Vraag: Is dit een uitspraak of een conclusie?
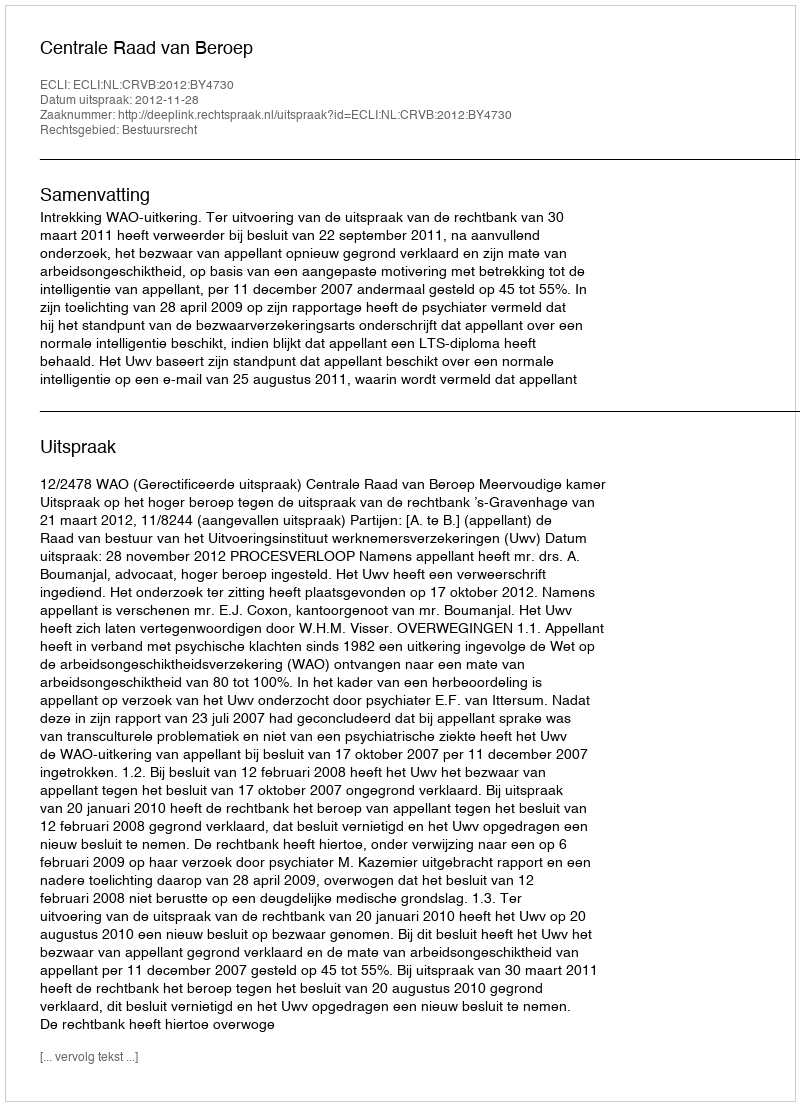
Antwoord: Uitspraak